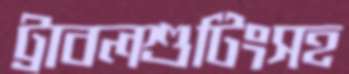
ট্রাবলশুটিংসহ